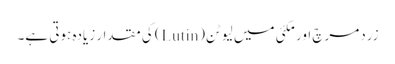
زردمرچ اور مکئی میں لیوٹن(Lutin) کی مقدار زیادہ ہوتی ہے۔